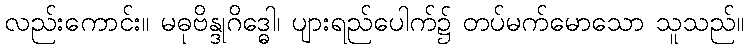
လည်းကောင်း။ မဓုဗိန္ဒုဂိဒ္ဓေါ၊ ပျားရည်ပေါက်၌ တပ်မက်မောသော သူသည်။